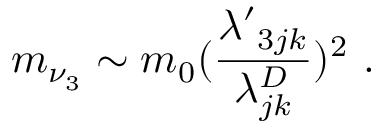
m _ { \nu _ { 3 } } \sim m _ { 0 } ( { \frac { { \lambda ^ { \prime } } _ { 3 j k } } { \lambda _ { j k } ^ { D } } } ) ^ { 2 } \ .